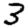
Digit: 3